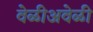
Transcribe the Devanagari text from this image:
वेळीअवेळी